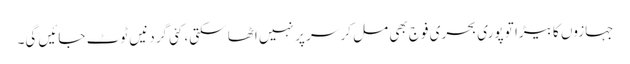
جہازوں کا بیڑا تو پوری بحری فوج بھی مل کر سر پر نہیں اٹھا سکتی، کئی گردنیں ٹوٹ جائیں گی۔